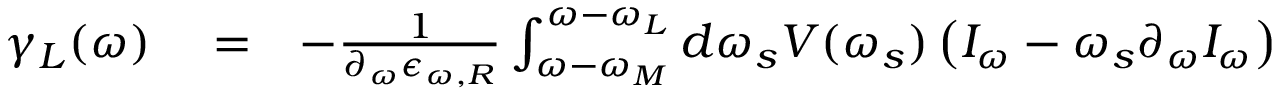
\begin{array} { r l r } { \gamma _ { L } ( \omega ) } & { { } = } & { - \frac { 1 } { \partial _ { \omega } \epsilon _ { \omega , R } } \int _ { \omega - \omega _ { M } } ^ { \omega - \omega _ { L } } d \omega _ { s } V ( \omega _ { s } ) \left( I _ { \omega } - \omega _ { s } \partial _ { \omega } I _ { \omega } \right) } \end{array}